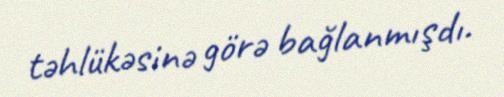
təhlükəsinə görə bağlanmışdı.